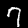
Digit: 7